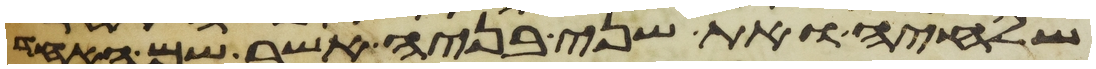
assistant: שלחיה ואת שני בניה אשר שם האחד